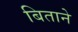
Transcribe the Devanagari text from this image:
बिताने